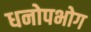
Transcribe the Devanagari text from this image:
धनोपभोग